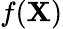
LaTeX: f(\mathbf{X})